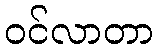
ဝင်လာတာ